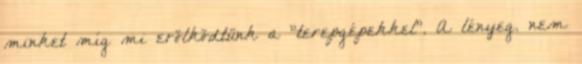
minket míg mi erölködtünk a "terepgépekkel". A lényeg. nem